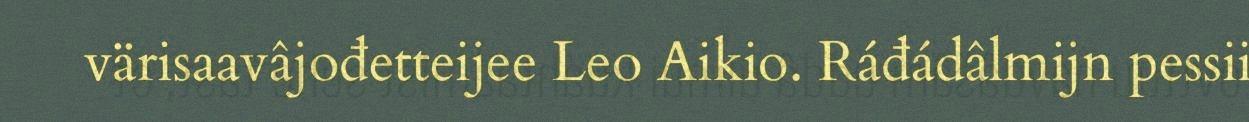
värisaavâjođetteijee Leo Aikio. Ráđádâlmijn pessii